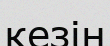
кезін